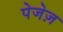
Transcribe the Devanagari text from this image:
पेजेज़